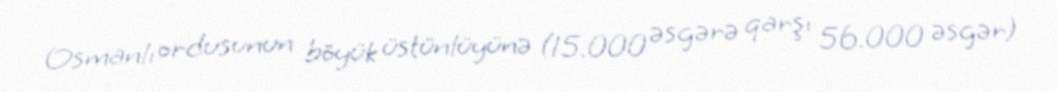
Osmanlı ordusunun böyük üstünlüyünə (15.000 əsgərə qarşı 56.000 əsgər)